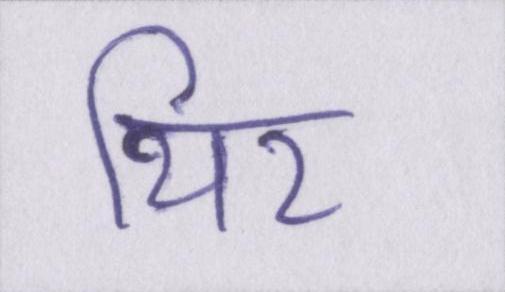
थिर